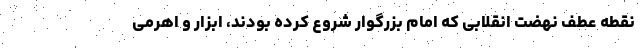
نقطه عطف نهضت انقلابی که امام بزرگوار شروع کرده بودند، ابزار و اهرمی